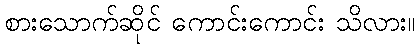
စားသောက်ဆိုင် ကောင်းကောင်း သိလား။